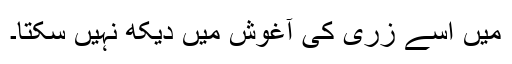
میں اسے زری کی آغوش میں دیکھ نہیں سکتا۔